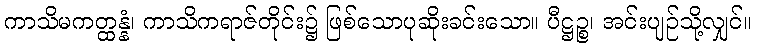
ကာသိမကတ္ထန္နံ၊ ကာသိကရာဇ်တိုင်း၌ ဖြစ်သောပုဆိုးခင်းသော။ ပီဋ္ဌဉ္စ၊ အင်းပျဉ်သို့လျှင်။